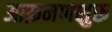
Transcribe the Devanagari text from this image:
आक्रमणशुरू